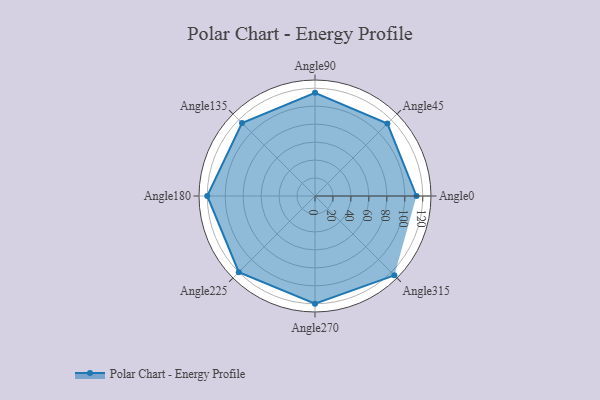
{"axis": {"x": "Angle", "y": "Radius"}, "legend": [""], "data": [{"x": "Angle0", "y": 113.0, "type": ""}, {"x": "Angle45", "y": 114.0, "type": ""}, {"x": "Angle90", "y": 115.0, "type": ""}, {"x": "Angle135", "y": 115.0, "type": ""}, {"x": "Angle180", "y": 120.0, "type": ""}, {"x": "Angle225", "y": 120.0, "type": ""}, {"x": "Angle270", "y": 120.0, "type": ""}, {"x": "Angle315", "y": 125.0, "type": ""}]}